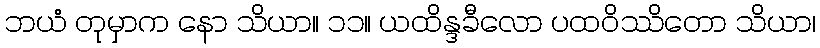
ဘယံ တုမှာက နော သိယာ။ ၁၁။ ယထိန္ဒခီလော ပထဝိဿိတော သိယာ၊